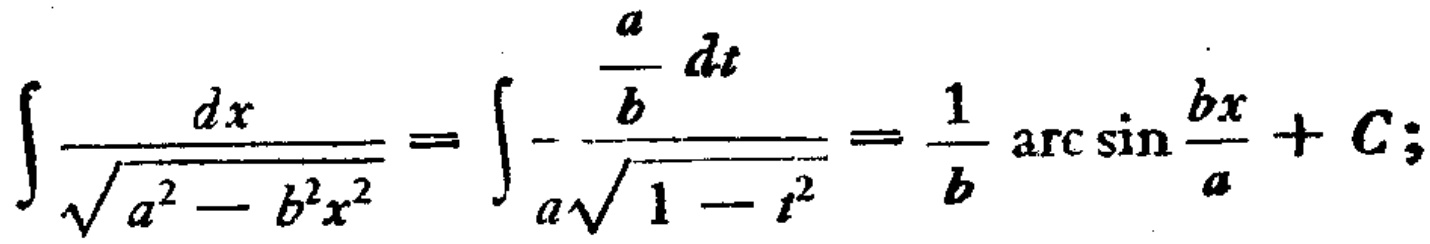
\(\int \frac{dx}{\sqrt{a^{2}-b^{2}x^{2}}}=\int -\frac{\frac{a}{b}dt}{a\sqrt{1 - t^{2}}}=\frac{1}{b}\arcsin\frac{bx}{a}+C;\)